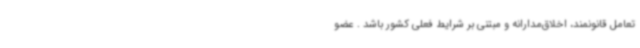
تعامل قانونمند، اخلاق‌مدارانه و مبتنی بر شرایط فعلی کشور باشد . عضو